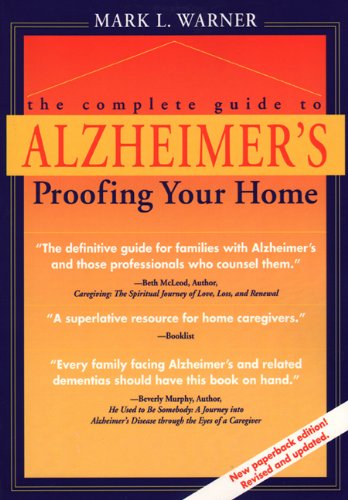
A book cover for Complete Guide to Alzheimer's Proofing Your Home; Mark Warner; Medical Books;